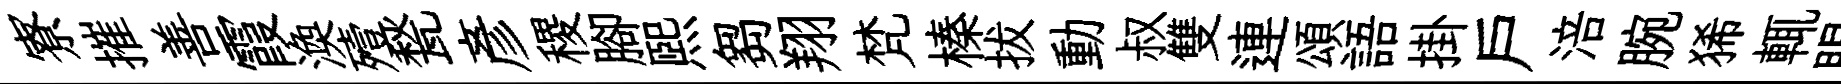
寮摧善霞渙殪甃彥稷腳熙芻翔梵榛拔動叔雙連頌語掛户涪腕狶輒眼